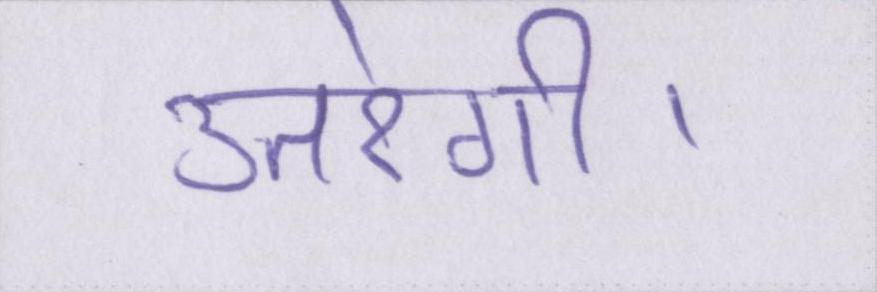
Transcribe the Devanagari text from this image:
उतरेगी।